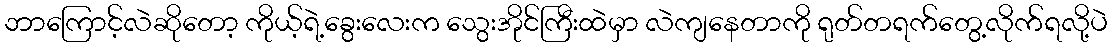
ဘာကြောင့်လဲဆိုတော့ ကိုယ့်ရဲ့ခွေးလေးက သွေးအိုင်ကြီးထဲမှာ လဲကျနေတာကို ရုတ်တရက်တွေ့လိုက်ရလို့ပဲ